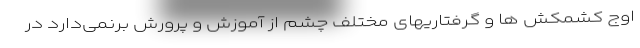
اوج کشمکش ها و گرفتاریهای مختلف چشم از آموزش و پرورش برنمی‌دارد در